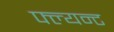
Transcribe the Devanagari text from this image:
फ्ल्यन्ट